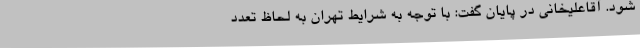
شود. آقاعلیخانی در پایان گفت: با توجه به شرایط تهران به لحاظ تعدد